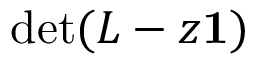
\operatorname* { d e t } ( L - z { \bf 1 } )